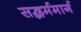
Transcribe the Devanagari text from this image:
सद्धर्ममार्ग